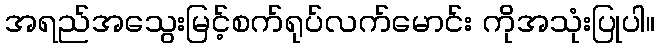
အရည်အသွေးမြင့်စက်ရုပ်လက်မောင်း ကိုအသုံးပြုပါ။